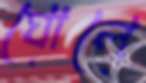
ঘোলে